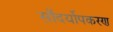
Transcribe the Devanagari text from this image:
सौंदर्योपकरण